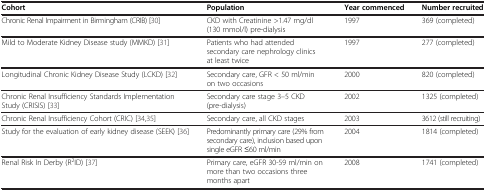
<table><thead><tr><td><b>Cohort</b></td><td><b>Population</b></td><td><b>Year commenced</b></td><td><b>Number recruited</b></td></tr></thead><tbody><tr><td>Chronic Renal Impairment in Birmingham (CRIB) [30]</td><td>CKD with Creatinine &gt;1.47 mg/dl (130 mmol/l) pre-dialysis</td><td>1997</td><td>369 (completed)</td></tr><tr><td>Mild to Moderate Kidney Disease study (MMKD) [31]</td><td>Patients who had attended secondary care nephrology clinics at least twice</td><td>1997</td><td>277 (completed)</td></tr><tr><td>Longitudinal Chronic Kidney Disease Study (LCKD) [32]</td><td>Secondary care, GFR &lt; 50 ml/min on two occasions</td><td>2000</td><td>820 (completed)</td></tr><tr><td>Chronic Renal Insufficiency Standards Implementation Study (CRISIS) [33]</td><td>Secondary care stage 3–5 CKD (pre-dialysis)</td><td>2002</td><td>1325 (completed)</td></tr><tr><td>Chronic Renal Insufficiency Cohort (CRIC) [34,35]</td><td>Secondary care, all CKD stages</td><td>2003</td><td>3612 (still recruiting)</td></tr><tr><td>Study for the evaluation of early kidney disease (SEEK) [36]</td><td>Predominantly primary care (29% from secondary care), inclusion based upon single eGFR ≤60 ml/min</td><td>2004</td><td>1814 (completed)</td></tr><tr><td>Renal Risk In Derby (R<sup>2</sup>ID) [37]</td><td>Primary care, eGFR 30-59 ml/min on more than two occasions three months apart</td><td>2008</td><td>1741 (completed)</td></tr></tbody></table>